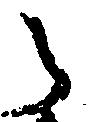
之